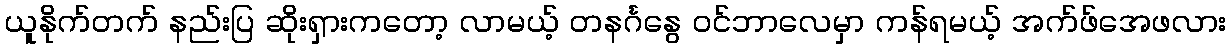
ယူနိုက်တက် နည်းပြ ဆိုးရှားကတော့ လာမယ့် တနင်္ဂနွေ ဝင်ဘာလေမှာ ကန်ရမယ့် အက်ဖ်အေဖလား